Report of an investigation in regard to the prevalence of stegomyia and other mosquitoes in Karachi, and the measures necessary for their control
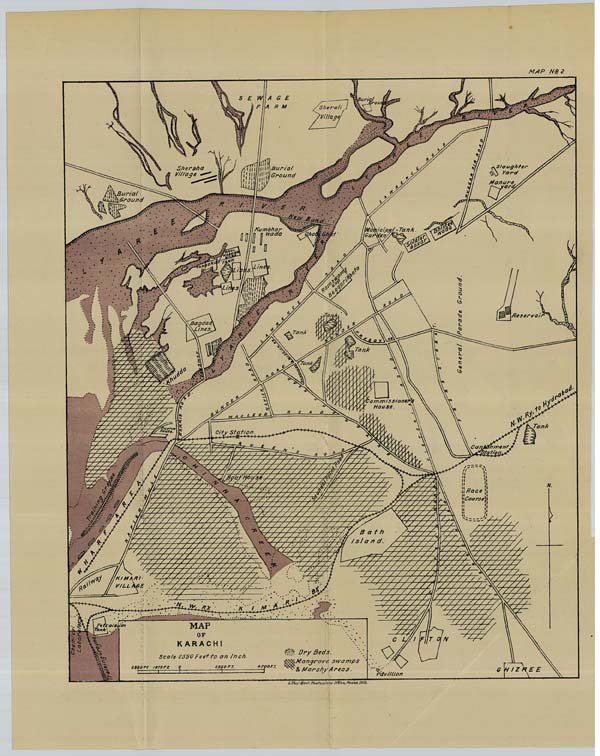
MAP No: 2
Litho: Govt. Photozinco Office, Poona, 1913.